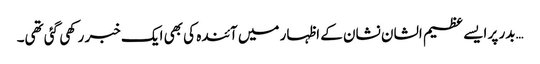
…بدر پر ایسے عظیم الشان نشان کے اظہار میں آئندہ کی بھی ایک خبر رکھی گئی تھی۔